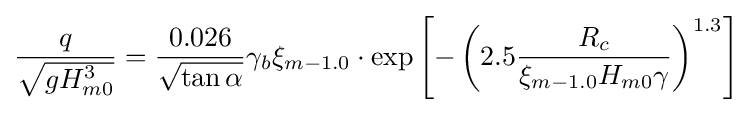
{\frac {q}{\sqrt {gH_{m0}^{3}}}}={\frac {0{.}026}{\sqrt {\tan \alpha }}}\gamma _{b}\xi _{m-1.0}\cdot \exp \left[-\left(2{.}5{\frac {R_{c}}{\xi _{m-1.0}H_{m0}\gamma }}\right)^{1{.}3}\right]